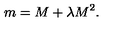
m = M + \lambda M ^ { 2 } .